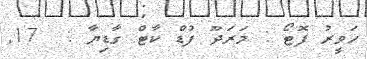
ހަވީރު ފޮޓޯ : މަރަދޫ ފުޑް ކާޓް ގާޑިޔާ :  17